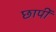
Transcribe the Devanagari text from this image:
छापीं